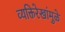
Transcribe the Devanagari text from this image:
व्यक्तिरेखांमुळे